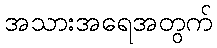
အသားအရေအတွက်